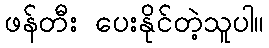
ဖန်တီး ပေးနိုင်တဲ့သူပါ။